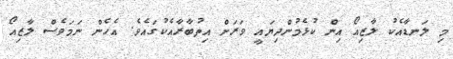
މި ލަނޑާއެކު ލާޒިއޯ އިން ކުޅެމުންދިޔައީ ވަރަށް އިތުބާރާއެކުގައެވެ. އެހެން ނަމަވެސް ލާޒިއޯ